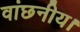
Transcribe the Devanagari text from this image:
वांछनीय।